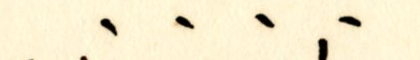
الوطنية، السيادة القومية، الاستقلال ..